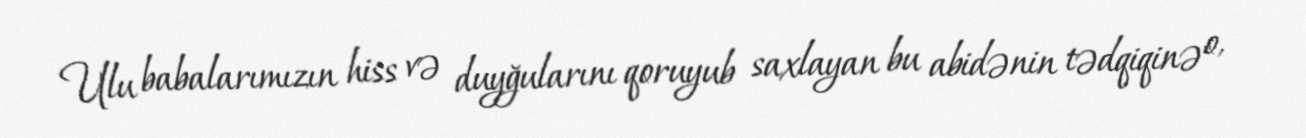
Ulu babalarımızın hiss və duyğularını qoruyub saxlayan bu abidənin tədqiqinə o,